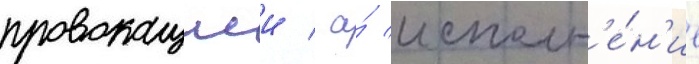
провокациеи / а́ исполн'е́н'ие